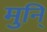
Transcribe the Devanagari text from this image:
मुनि्